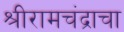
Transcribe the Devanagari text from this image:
श्रीरामचंद्राचा